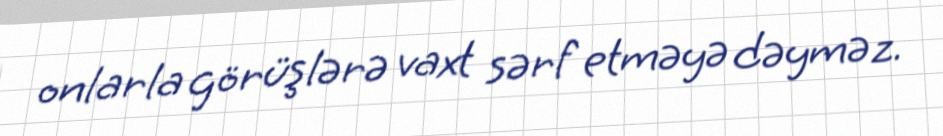
onlarla görüşlərə vaxt sərf etməyə dəyməz.